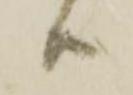
ハ